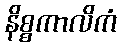
နိစ္စကာလိကံ